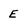
Character: E